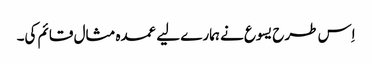
‏ اِس طرح یسوع نے ہمارے لیے عمدہ مثال قائم کی۔